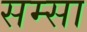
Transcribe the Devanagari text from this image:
सम्सा